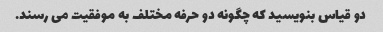
دو قیاس بنویسید که چگونه دو حرفه مختلف به موفقیت می رسند.